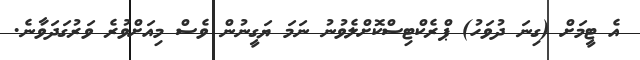
އެ ޓީމަށް (ގިނަ ދުވަހު) ޕްރެކްޓިސްކޮށްލެވުނު ނަމަ ޔަގީނުން ވެސް މިއަށްވުރެ ވަރުގަދަވާނެ.